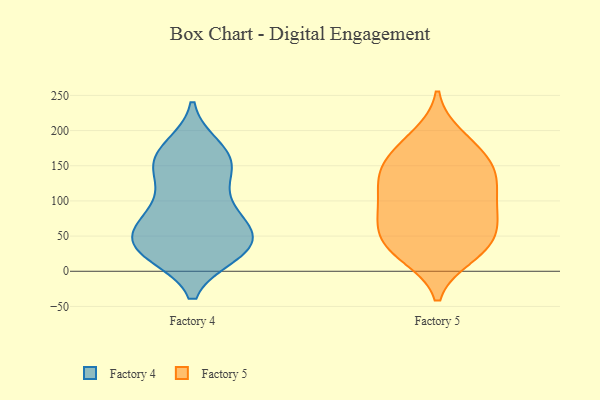
{"axis": {"x": "Shipments", "y": "Value"}, "legend": ["Factory 4", "Factory 5"], "data": [{"x": "", "y": 47, "type": "Factory 4"}, {"x": "", "y": 66, "type": "Factory 4"}, {"x": "", "y": 141, "type": "Factory 4"}, {"x": "", "y": 74, "type": "Factory 4"}, {"x": "", "y": 26, "type": "Factory 4"}, {"x": "", "y": 27, "type": "Factory 4"}, {"x": "", "y": 33, "type": "Factory 4"}, {"x": "", "y": 45, "type": "Factory 4"}, {"x": "", "y": 163, "type": "Factory 4"}, {"x": "", "y": 98, "type": "Factory 4"}, {"x": "", "y": 176, "type": "Factory 4"}, {"x": "", "y": 39, "type": "Factory 4"}, {"x": "", "y": 73, "type": "Factory 4"}, {"x": "", "y": 129, "type": "Factory 4"}, {"x": "", "y": 25, "type": "Factory 4"}, {"x": "", "y": 83, "type": "Factory 4"}, {"x": "", "y": 170, "type": "Factory 4"}, {"x": "", "y": 148, "type": "Factory 4"}, {"x": "", "y": 159, "type": "Factory 4"}, {"x": "", "y": 33, "type": "Factory 4"}, {"x": "", "y": 166, "type": "Factory 5"}, {"x": "", "y": 79, "type": "Factory 5"}, {"x": "", "y": 158, "type": "Factory 5"}, {"x": "", "y": 121, "type": "Factory 5"}, {"x": "", "y": 126, "type": "Factory 5"}, {"x": "", "y": 22, "type": "Factory 5"}, {"x": "", "y": 103, "type": "Factory 5"}, {"x": "", "y": 61, "type": "Factory 5"}, {"x": "", "y": 142, "type": "Factory 5"}, {"x": "", "y": 25, "type": "Factory 5"}, {"x": "", "y": 65, "type": "Factory 5"}, {"x": "", "y": 90, "type": "Factory 5"}, {"x": "", "y": 132, "type": "Factory 5"}, {"x": "", "y": 84, "type": "Factory 5"}, {"x": "", "y": 46, "type": "Factory 5"}, {"x": "", "y": 185, "type": "Factory 5"}, {"x": "", "y": 31, "type": "Factory 5"}, {"x": "", "y": 37, "type": "Factory 5"}, {"x": "", "y": 192, "type": "Factory 5"}, {"x": "", "y": 147, "type": "Factory 5"}]}